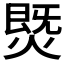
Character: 𰟅